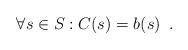
LaTeX: \begin{align*} \forall s \in S: C(s) = b(s) \enspace .\end{align*}